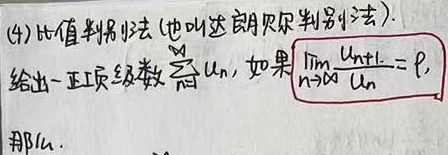
(4)比值判别法 (也叫达朗贝尔判别法)。给出一正项级数$\sum_{n = 1}^{\infty}u_{n}$，如果$\lim_{n \to \infty}\frac{u_{n + 1}}{u_{n}} = \rho$，那么：